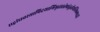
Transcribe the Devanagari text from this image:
सद्बांधवस्यापिदयाभिभूतास्तेषांतुतीर्थानिफलप्रदानि